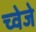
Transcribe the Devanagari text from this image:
च्वेजे